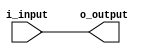
module ttl_buffer(
    input wire i_input,
    output reg o_output
);

// Provide electrical isolation and signal conditioning
assign o_output = i_input;

endmodule